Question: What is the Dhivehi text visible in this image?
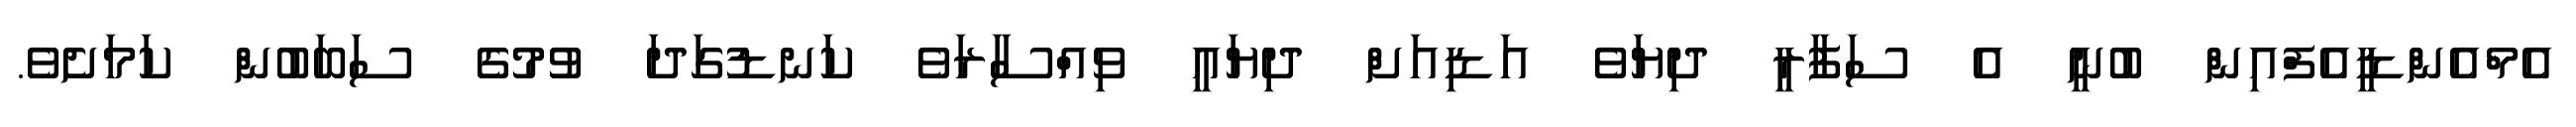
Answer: އެމްއެންޑީއެފްއިން ބުނީ އެ ސަފާރީ ދިޔަވެ އަޑިއަށް ދިޔައީ ވިއްސާރަވެ ކަނޑުގަދަ ވުމުގެ ސަބަބުން ކަމަށެވެ.